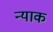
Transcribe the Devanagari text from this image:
न्याक